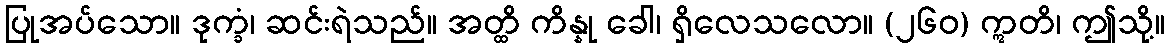
ပြုအပ်သော။ ဒုက္ခံ၊ ဆင်းရဲသည်။ အတ္ထိ ကိန္နု ခေါ၊ ရှိလေသလော။ (၂၆၀) ဣတိ၊ ဤသို့။